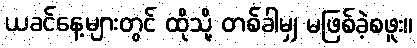
ယခင်နေ့များတွင် ထိုသို့ တစ်ခါမျှ မဖြစ်ခဲ့စဖူး။